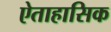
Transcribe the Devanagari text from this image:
ऐताहासिक